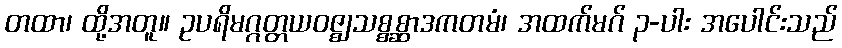
တထာ၊ ထို့အတူ။ ဥပရိမဂ္ဂတ္တယဝဇ္ဈသစ္စစ္ဆာဒကတမံ၊ အထက်မဂ် ၃-ပါး အပေါင်းသည်